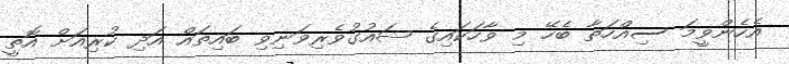
އެހެންވީމަ ސިއްހަތާ ބެހޭ މި ވާހަކައިގެ ޝައުގުވެރިވަނިވި ބައިތައް އަދި ކުރިއަށް އޮތީ